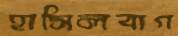
হাসিলবাগ